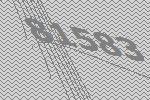
81583